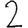
Digit: 2